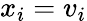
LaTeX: x_{i}=v_{i}